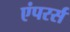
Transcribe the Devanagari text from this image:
एंपरर्स